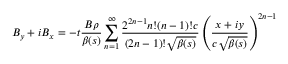
B _ { y } + i B _ { x } = - t \frac { B \rho } { \beta ( s ) } \sum _ { n = 1 } ^ { \infty } \frac { 2 ^ { 2 n - 1 } n ! ( n - 1 ) ! c } { ( 2 n - 1 ) ! \sqrt { \beta ( s ) } } \left( \frac { x + i y } { c \sqrt { \beta ( s ) } } \right) ^ { 2 n - 1 }